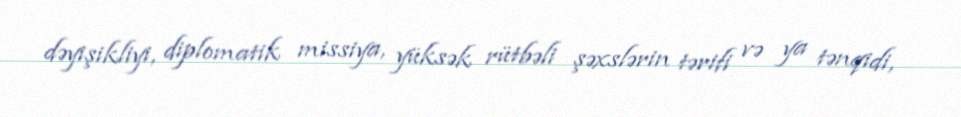
dəyişikliyi, diplomatik missiya, yüksək rütbəli şəxslərin tərifi və ya tənqidi,